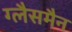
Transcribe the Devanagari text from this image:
ग्लैसमैन